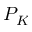
P _ { K }